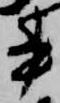
書